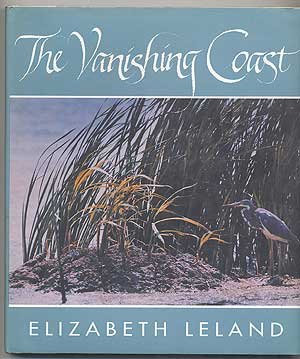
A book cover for The Vanishing Coast; Elizabeth Leland; Travel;